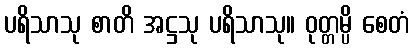
ပရိသာသု စာတိ အဋ္ဌသု ပရိသာသု။ ဝုတ္တမ္ပိ စေတံ